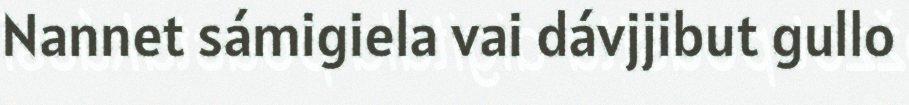
Nannet sámigiela vai dávjjibut gullo